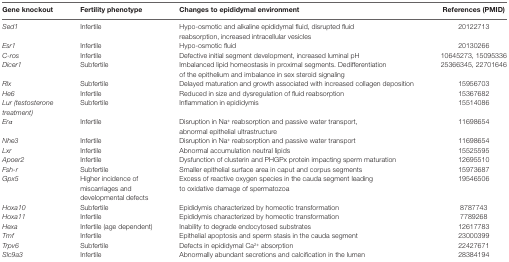
| Gene knockout | Fertility phenotype | Changes to epididymal environment | References (PMID) |
 | --- | --- | --- | --- |
 | Sed1 | Infertile | Hypo-osmotic and alkaline epididymal fluid, disrupted fluid reabsorption, increased intracellular vesicles | 20122713 |
 | Esr1 | Infertile | Hypo-osmotic fluid | 20130266 |
 | C-ros | Infertile | Defective initial segment development, increased luminal pH | 10645273, 15095336 |
 | Dicer1 | Subfertile | Imbalanced lipid homeostasis in proximal segments. Dedifferentiation of the epithelium and imbalance in sex steroid signaling | 25366345, 22701646 |
 | Rlx | Subfertile | Delayed maturation and growth associated with increased collagen deposition | 15956703 |
 | He6 | Infertile | Reduced in size and dysregulation of fluid reabsorption | 15367682 |
 | Lur (testosterone treatment) | Subfertile | Inflammation in epididymis | 15514086 |
 | Erα | Infertile | Disruption in Na+ reabsorption and passive water transport, abnormal epithelial ultrastructure | 11698654 |
 | Nhe3 | Infertile | Disruption in Na+ reabsorption and passive water transport | 11698654 |
 | Lxr | Infertile | Abnormal accumulation neutral lipids | 15525595 |
 | Apoer2 | Infertile | Dysfunction of clusterin and PHGPx protein impacting sperm maturation | 12695510 |
 | Fsh-r | Subfertile | Smaller epithelial surface area in caput and corpus segments | 15973687 |
 | Gpx5 | Higher incidence of miscarriages and developmental defects | Excess of reactive oxygen species in the cauda segment leading to oxidative damage of spermatozoa | 19546506 |
 | Hoxa10Hoxa11 | SubfertileInfertile | Epididymis characterized by homeotic transformationEpididymis characterized by homeotic transformation | 87877437789268 |
 | Hexa | Infertile (age dependent) | Inability to degrade endocytosed substrates | 12617783 |
 | Tmf | Infertile | Epithelial apoptosis and sperm stasis in the cauda segment | 23000399 |
 | Trpv6 | Subfertile | Defects in epididymal Ca2+ absorption | 22427671 |
 | Slc9a3 | Infertile | Abnormally abundant secretions and calcification in the lumen | 28384194 |